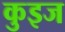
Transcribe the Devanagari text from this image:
कुइज